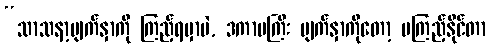
“သာသနာ့မျက်နှာကို ကြည့်ရမှာပဲ, ဒကာမကြီး မျက်နှာကိုတော့ မကြည့်နိုင်တာ